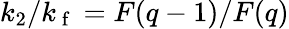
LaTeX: k_{2}/k_{\mathrm{~f~}}=F(q-1)/F(q)